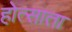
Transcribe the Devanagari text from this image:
होत्साता